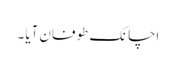
اچانک طوفان آیا ۔